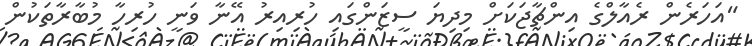
"އަހަރެން ރެއާލްގެ އިންޗާޖަކަށް މިދިޔަ ސީޒަންގައި ހުރިއިރު އޭނާ ވަނީ ހުރިހާ މުބާރާތަކުން